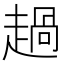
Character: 𧼽